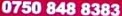
0750 848 8383